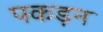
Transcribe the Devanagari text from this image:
पकड़न